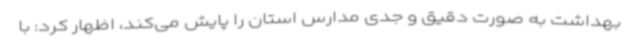
بهداشت به صورت دقیق و جدی مدارس استان را پایش می‌کند، اظهار کرد: با